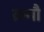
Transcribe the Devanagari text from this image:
क्रतौ